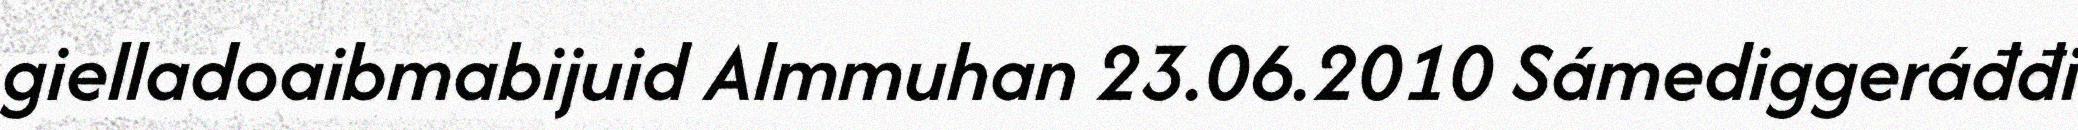
gielladoaibmabijuid Almmuhan 23.06.2010 Sámediggeráđđi